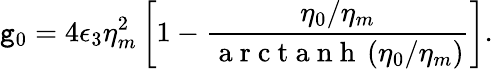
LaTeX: \mathtt{g}_{0}=4\epsilon_{3}\eta_{m}^{2}\left[1-\frac{{\eta_{0}/\eta_{m}}}{{\mathrm{{~a~r~c~t~a~n~h~}}\left(\eta_{0}/\eta_{m}\right)}}\right].